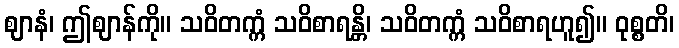
ဈာနံ၊ ဤဈာန်ကို။ သဝိတက္ကံ သဝိစာရန္တိ၊ သဝိတက္ကံ သဝိစာရဟူ၍။ ဝုစ္စတိ၊